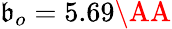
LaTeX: \mathfrak{b}_{o}=5.69\AA